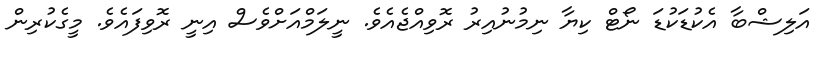
އަލިޝްބާ އެކުޑަކުޑަ ނޯޓް ކިޔާ ނިމުނުއިރު ރޮވިއްޖެއެވެ. ނީލަމްއަށްވެސް އިނީ ރޮވިފައެވެ. މީގެކުރިން